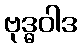
ဗုဒ္ဓဝါဒ